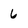
Character: 6